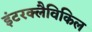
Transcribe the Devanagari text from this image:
इंटरक्लैविकिल